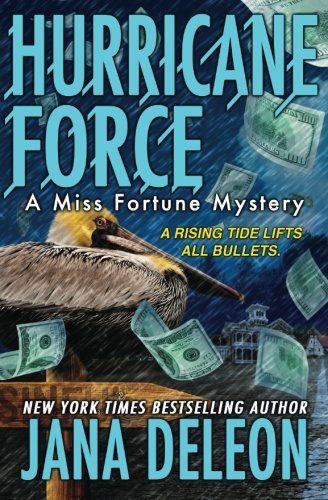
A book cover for Hurricane Force (A Miss Fortune Mystery) (Volume 7); Jana DeLeon; Mystery, Thriller & Suspense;